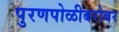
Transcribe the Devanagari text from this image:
पुरणपोळीबरोबर